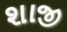
શાજી